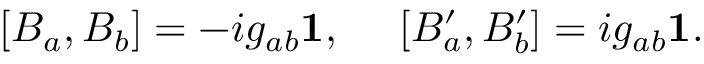
[ B _ { a } , B _ { b } ] = - i g _ { a b } { \bf 1 } , ~ ~ ~ ~ [ B _ { a } ^ { \prime } , B _ { b } ^ { \prime } ] = i g _ { a b } { \bf 1 } .